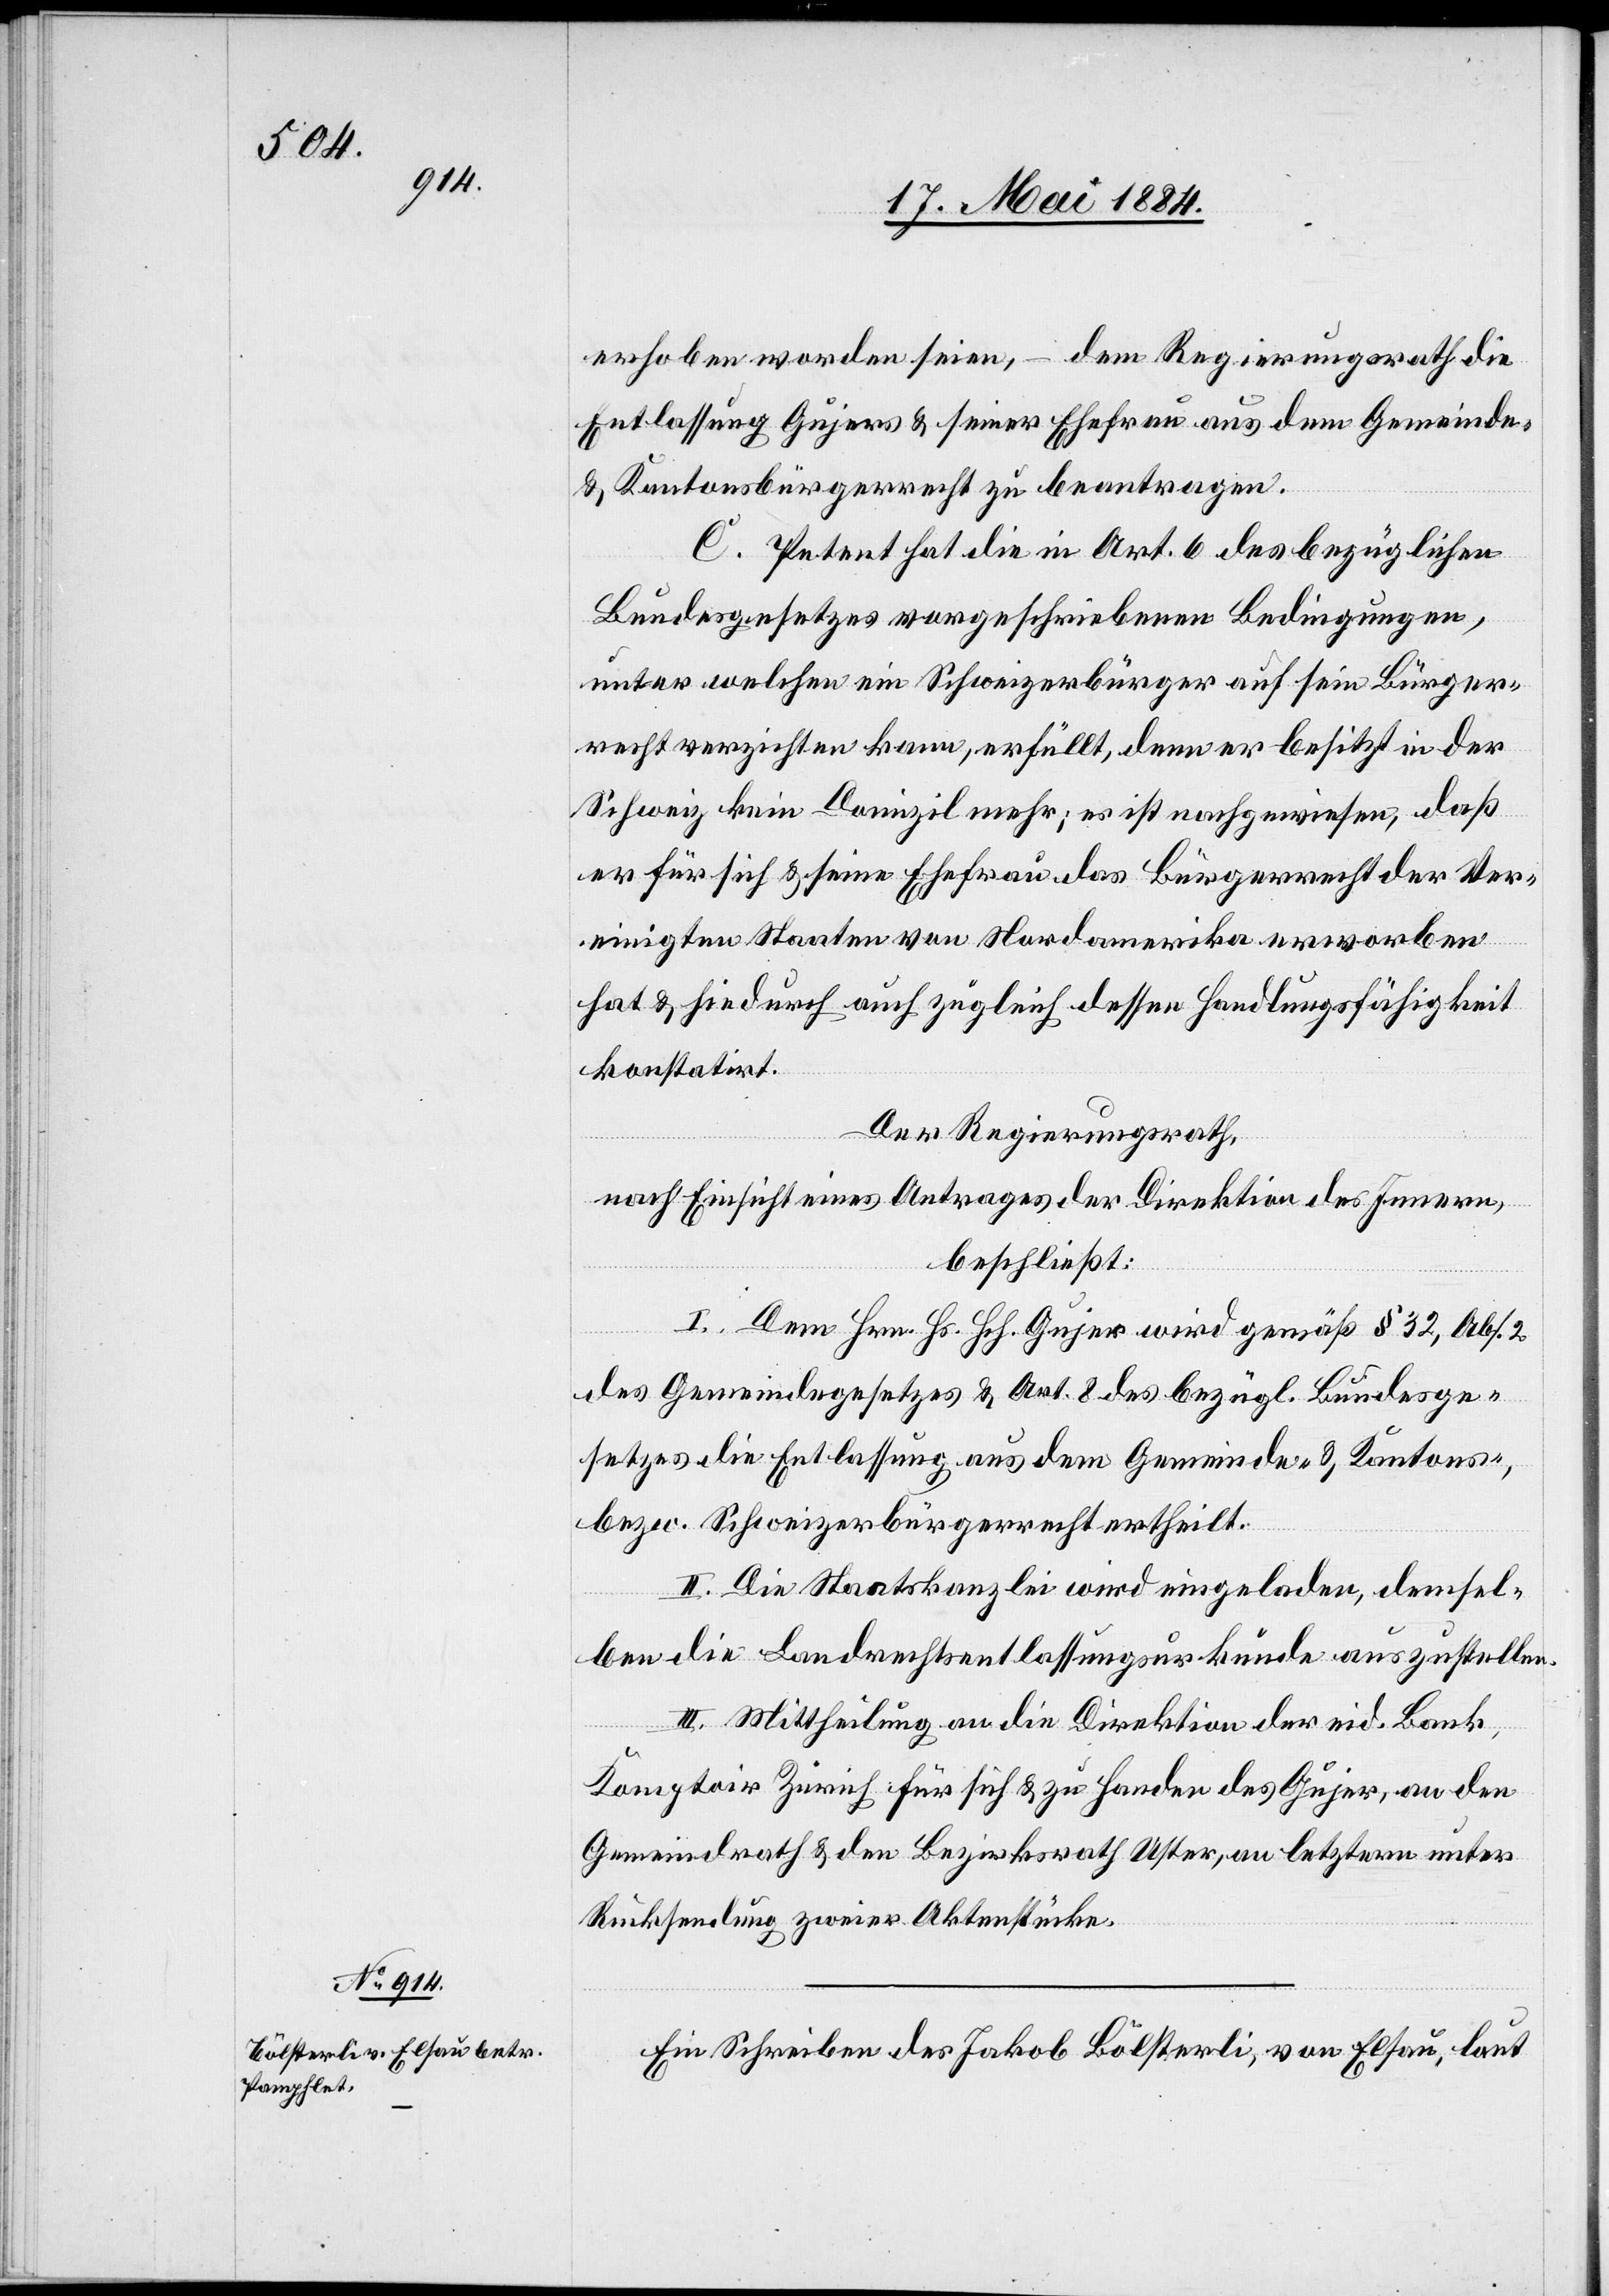
erhoben worden seien, – dem Regierungsrath die
Entlassung Gujers & seiner Ehefrau aus dem Gemeinde-
& Kantonsbürgerrecht zu beantragen.
C. Petent hat die in Art. 6 des bezüglichen
Bundesgesetzes vorgeschriebene Bedingungen,
unter welchen ein Schweizerbürger auf sein Bürger¬
recht verzichten kann, erfüllt, denn er besitzt in der
Schweiz kein Domizil mehr; es ist nachgewiesen, daß
er für sich & seine Ehefrau das Bürgerrecht der Ver¬
einigten Staaten von Nordamerika erworben
hat & hiedurch auch zugleich dessen Handlungsfähigkeit
konstatirt.
Der Regierungsrath,
nach Einsicht eines Antrages der Direktion des Innern,
beschließt:
I. Dem Hrn. Hs. Hch. Gujer wird gemäß § 32, Abs. 2
des Gemeindegesetzes & Art. 8 des bezügl. Bundesge¬
setzes die Entlassung aus dem Gemeinde- & Kantons-
bezw. Schweizerbürgerrecht ertheilt.
II. Die Staatskanzlei wird eingeladen, demsel¬
ben die Landrechtsentlassungsurkunde auszustellen.
III. Mittheilung an die Direktion der eid. Bank,
Komptoir Zürich für sich & zu Handen des Gujer, an den
Gemeindrath & den Bezirksrath Uster, an letztern unter
Rücksendung zweier Aktenstücke.
Ein Schreiben des Jakob Bölsterli, von Elsau, laut